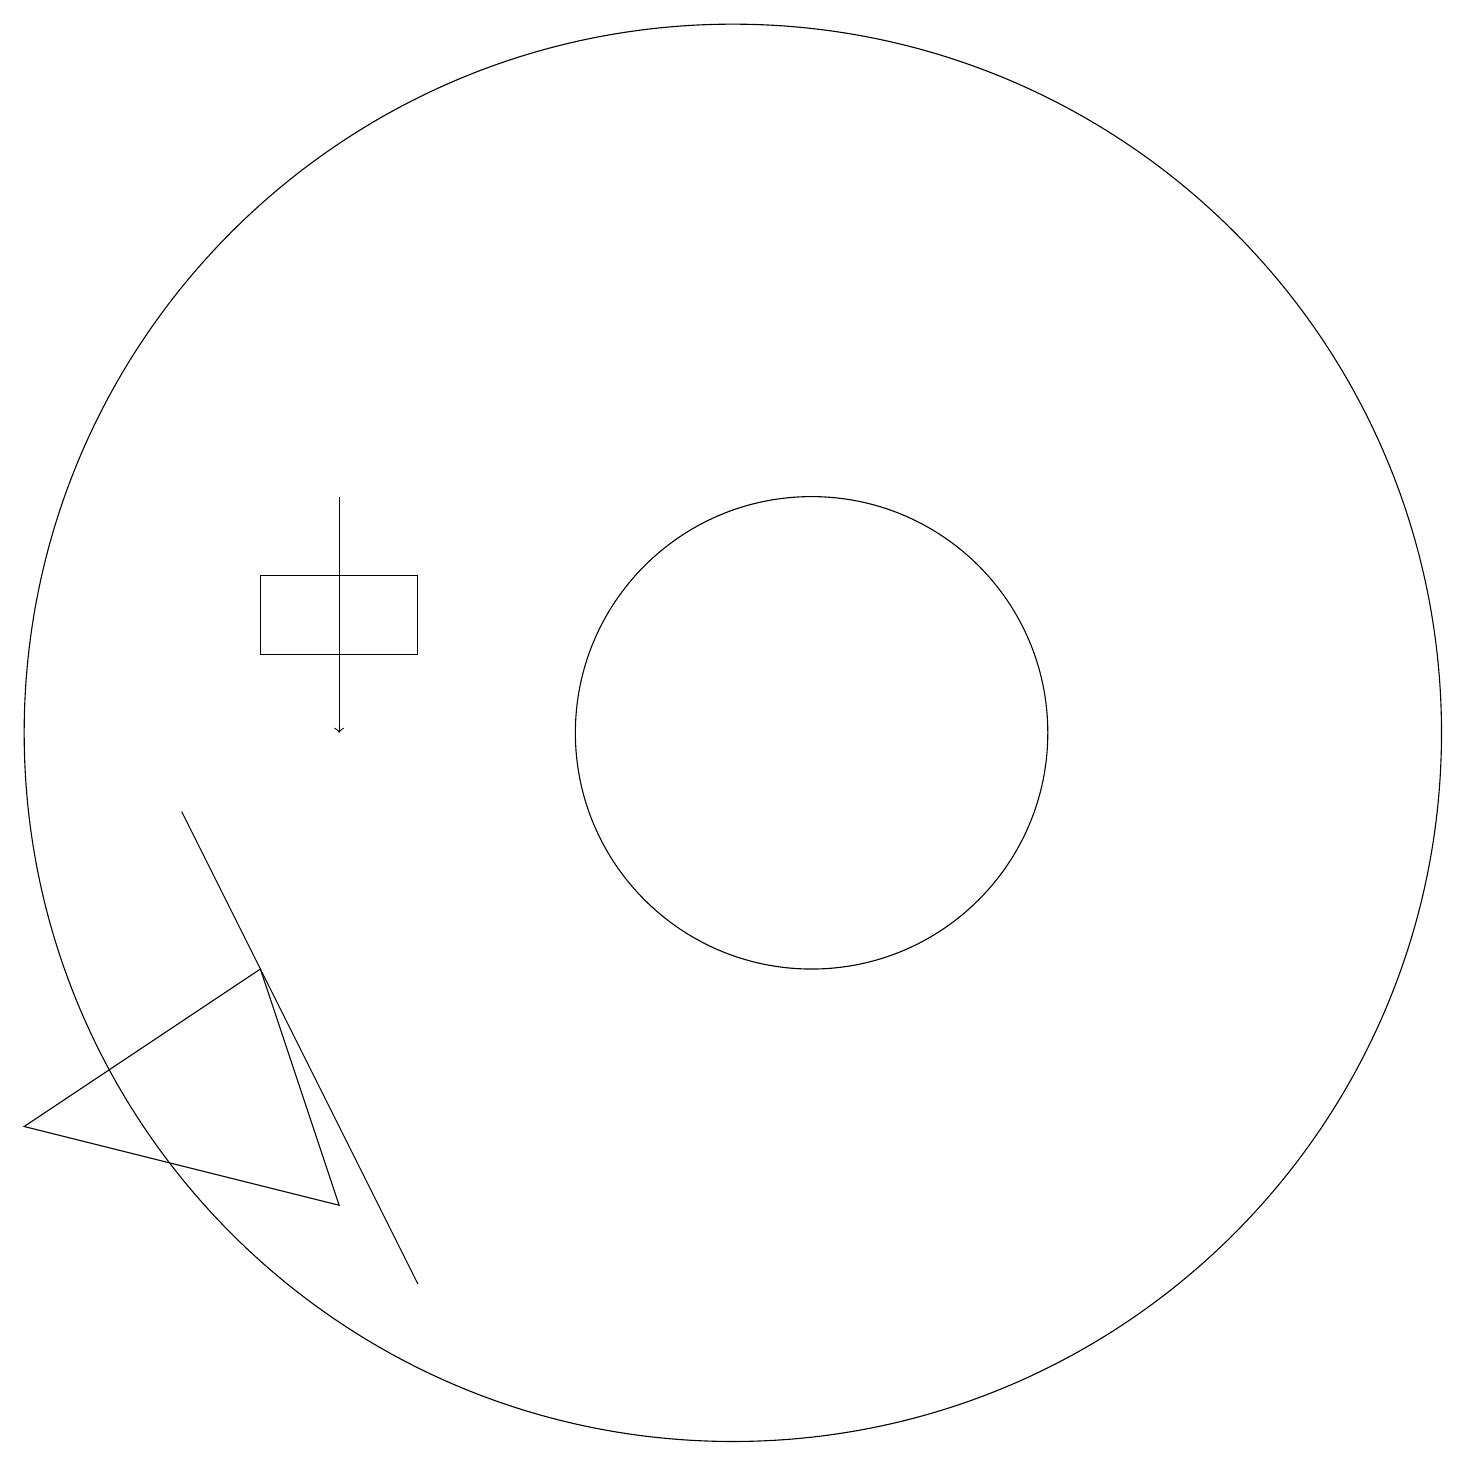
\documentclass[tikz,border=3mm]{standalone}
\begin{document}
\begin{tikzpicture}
\draw (5,4) -- (4,7) -- (1,5) -- cycle;
\draw (11,10) circle (3);
\draw (4,11) rectangle (6,12);
\draw (10,10) circle (9);
\draw[->] (5,13) -- (5,10);
\draw (6,3) -- (3,9) -- (5,5) -- cycle;
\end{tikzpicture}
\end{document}